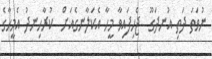
ނުވަތަ ދަތި އުނދަގޫ  ޖެހިފައިވާ މީހާ އެކަލާނގެއަށް  ކުރާހިނދު އެމީހާގެ